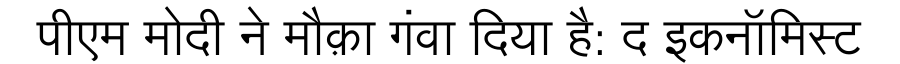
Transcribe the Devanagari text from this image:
पीएम मोदी ने मौक़ा गंवा दिया है: द इकनॉमिस्ट